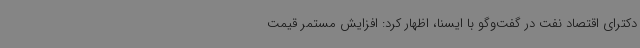
دکترای اقتصاد نفت در گفت‌وگو با ایسنا، اظهار کرد: افزایش مستمر قیمت